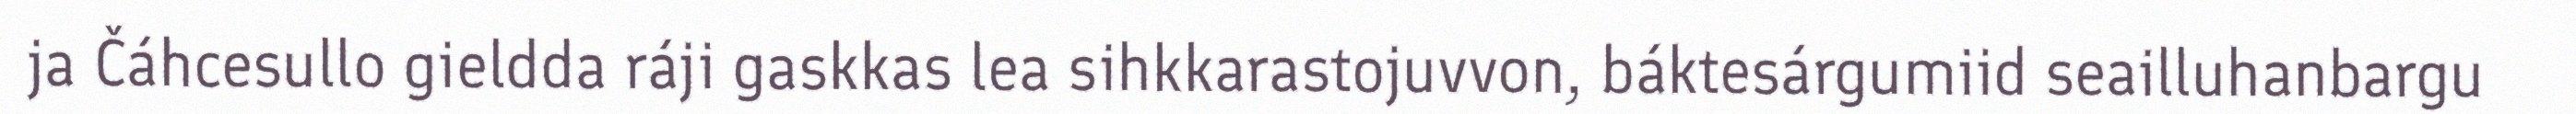
ja Čáhcesullo gieldda ráji gaskkas lea sihkkarastojuvvon, báktesárgumiid seailluhanbargu